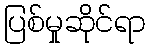
ပြစ်မှုဆိုင်ရာ